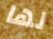
لها